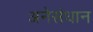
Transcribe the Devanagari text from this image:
अनेसंधान